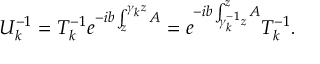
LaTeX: { \cal U } _ { k } ^ { - 1 } = T _ { k } ^ { - 1 } e ^ { - i b \int _ { z } ^ { \gamma _ { k } z } A } = e ^ { - i b \int _ { \gamma _ { k } ^ { - 1 } z } ^ { z } A } T _ { k } ^ { - 1 } .